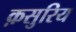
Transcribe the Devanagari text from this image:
क़सुरिय